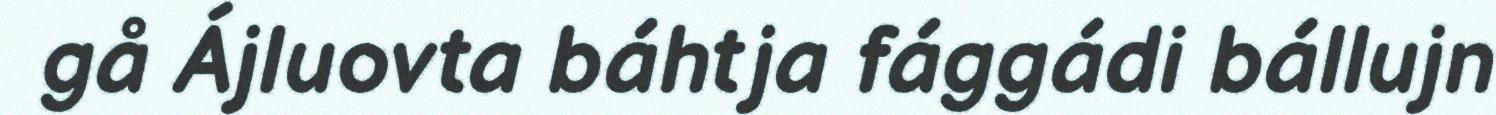
gå Ájluovta báhtja fággádi bállujn